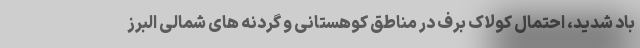
باد شدید، احتمال کولاک برف در مناطق کوهستانی و گردنه های شمالی البرز